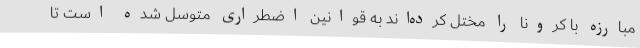
مبارزه با کرونا را مختل کرده‌اند به قوانین اضطراری متوسل شده است تا